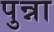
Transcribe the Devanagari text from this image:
पुन्ना